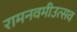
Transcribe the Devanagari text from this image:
रामनवमीउत्सव